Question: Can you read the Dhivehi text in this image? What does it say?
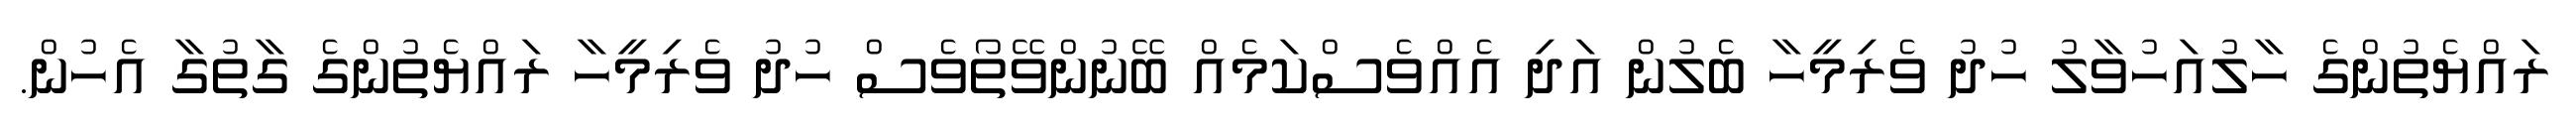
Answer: ރައްޔެތުންގެ ހާލުއަހުވާލު ހުދު ވެރިމީހާ ބެލުން އަދި އެއްވެސްކަމެއް ބޭނުންވޭތޯވެސް ހުދު ވެރިމީހާ ރައްޔެތުންގެ ގާތުގާ އެހުން.